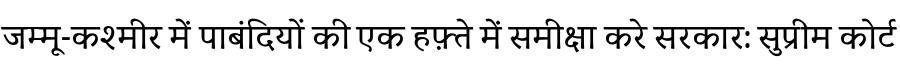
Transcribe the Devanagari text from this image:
जम्मू-कश्मीर में पाबंदियों की एक हफ़्ते में समीक्षा करे सरकार: सुप्रीम कोर्ट